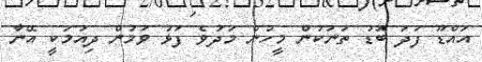
އައްޑޫ ފަދަ ބޮޑު ތަނަކުން މީހުން މަދުވެ ފަޅު ވަމުން ދިއުމަކީ އޭނާ